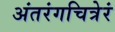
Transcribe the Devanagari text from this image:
अंतरंगचित्रेरं